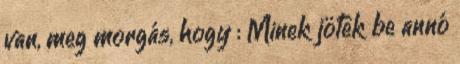
van, meg morgás, hogy : Minek jötek be annó